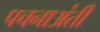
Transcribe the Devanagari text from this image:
पचनाअंती